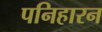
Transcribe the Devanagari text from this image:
पनिहारन